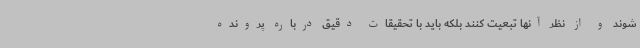
شوند و از نظر آنها تبعیت کنند بلکه باید با تحقیقات دقیق درباره پرونده